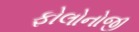
ફોલોનોજી